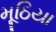
મૂઠિયા